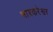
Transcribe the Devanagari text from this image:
भाश्करेश्वर